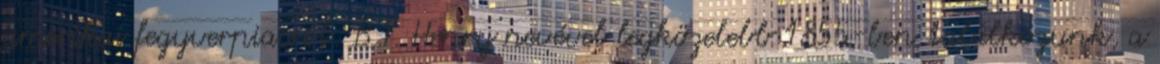
amerikai fegyverpiacról. B.T. Henry nevével legközelebb 1855-ben találkozunk, a